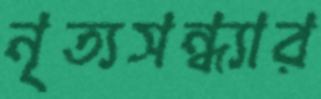
নৃত্যসন্ধ্যার